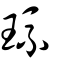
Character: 琉